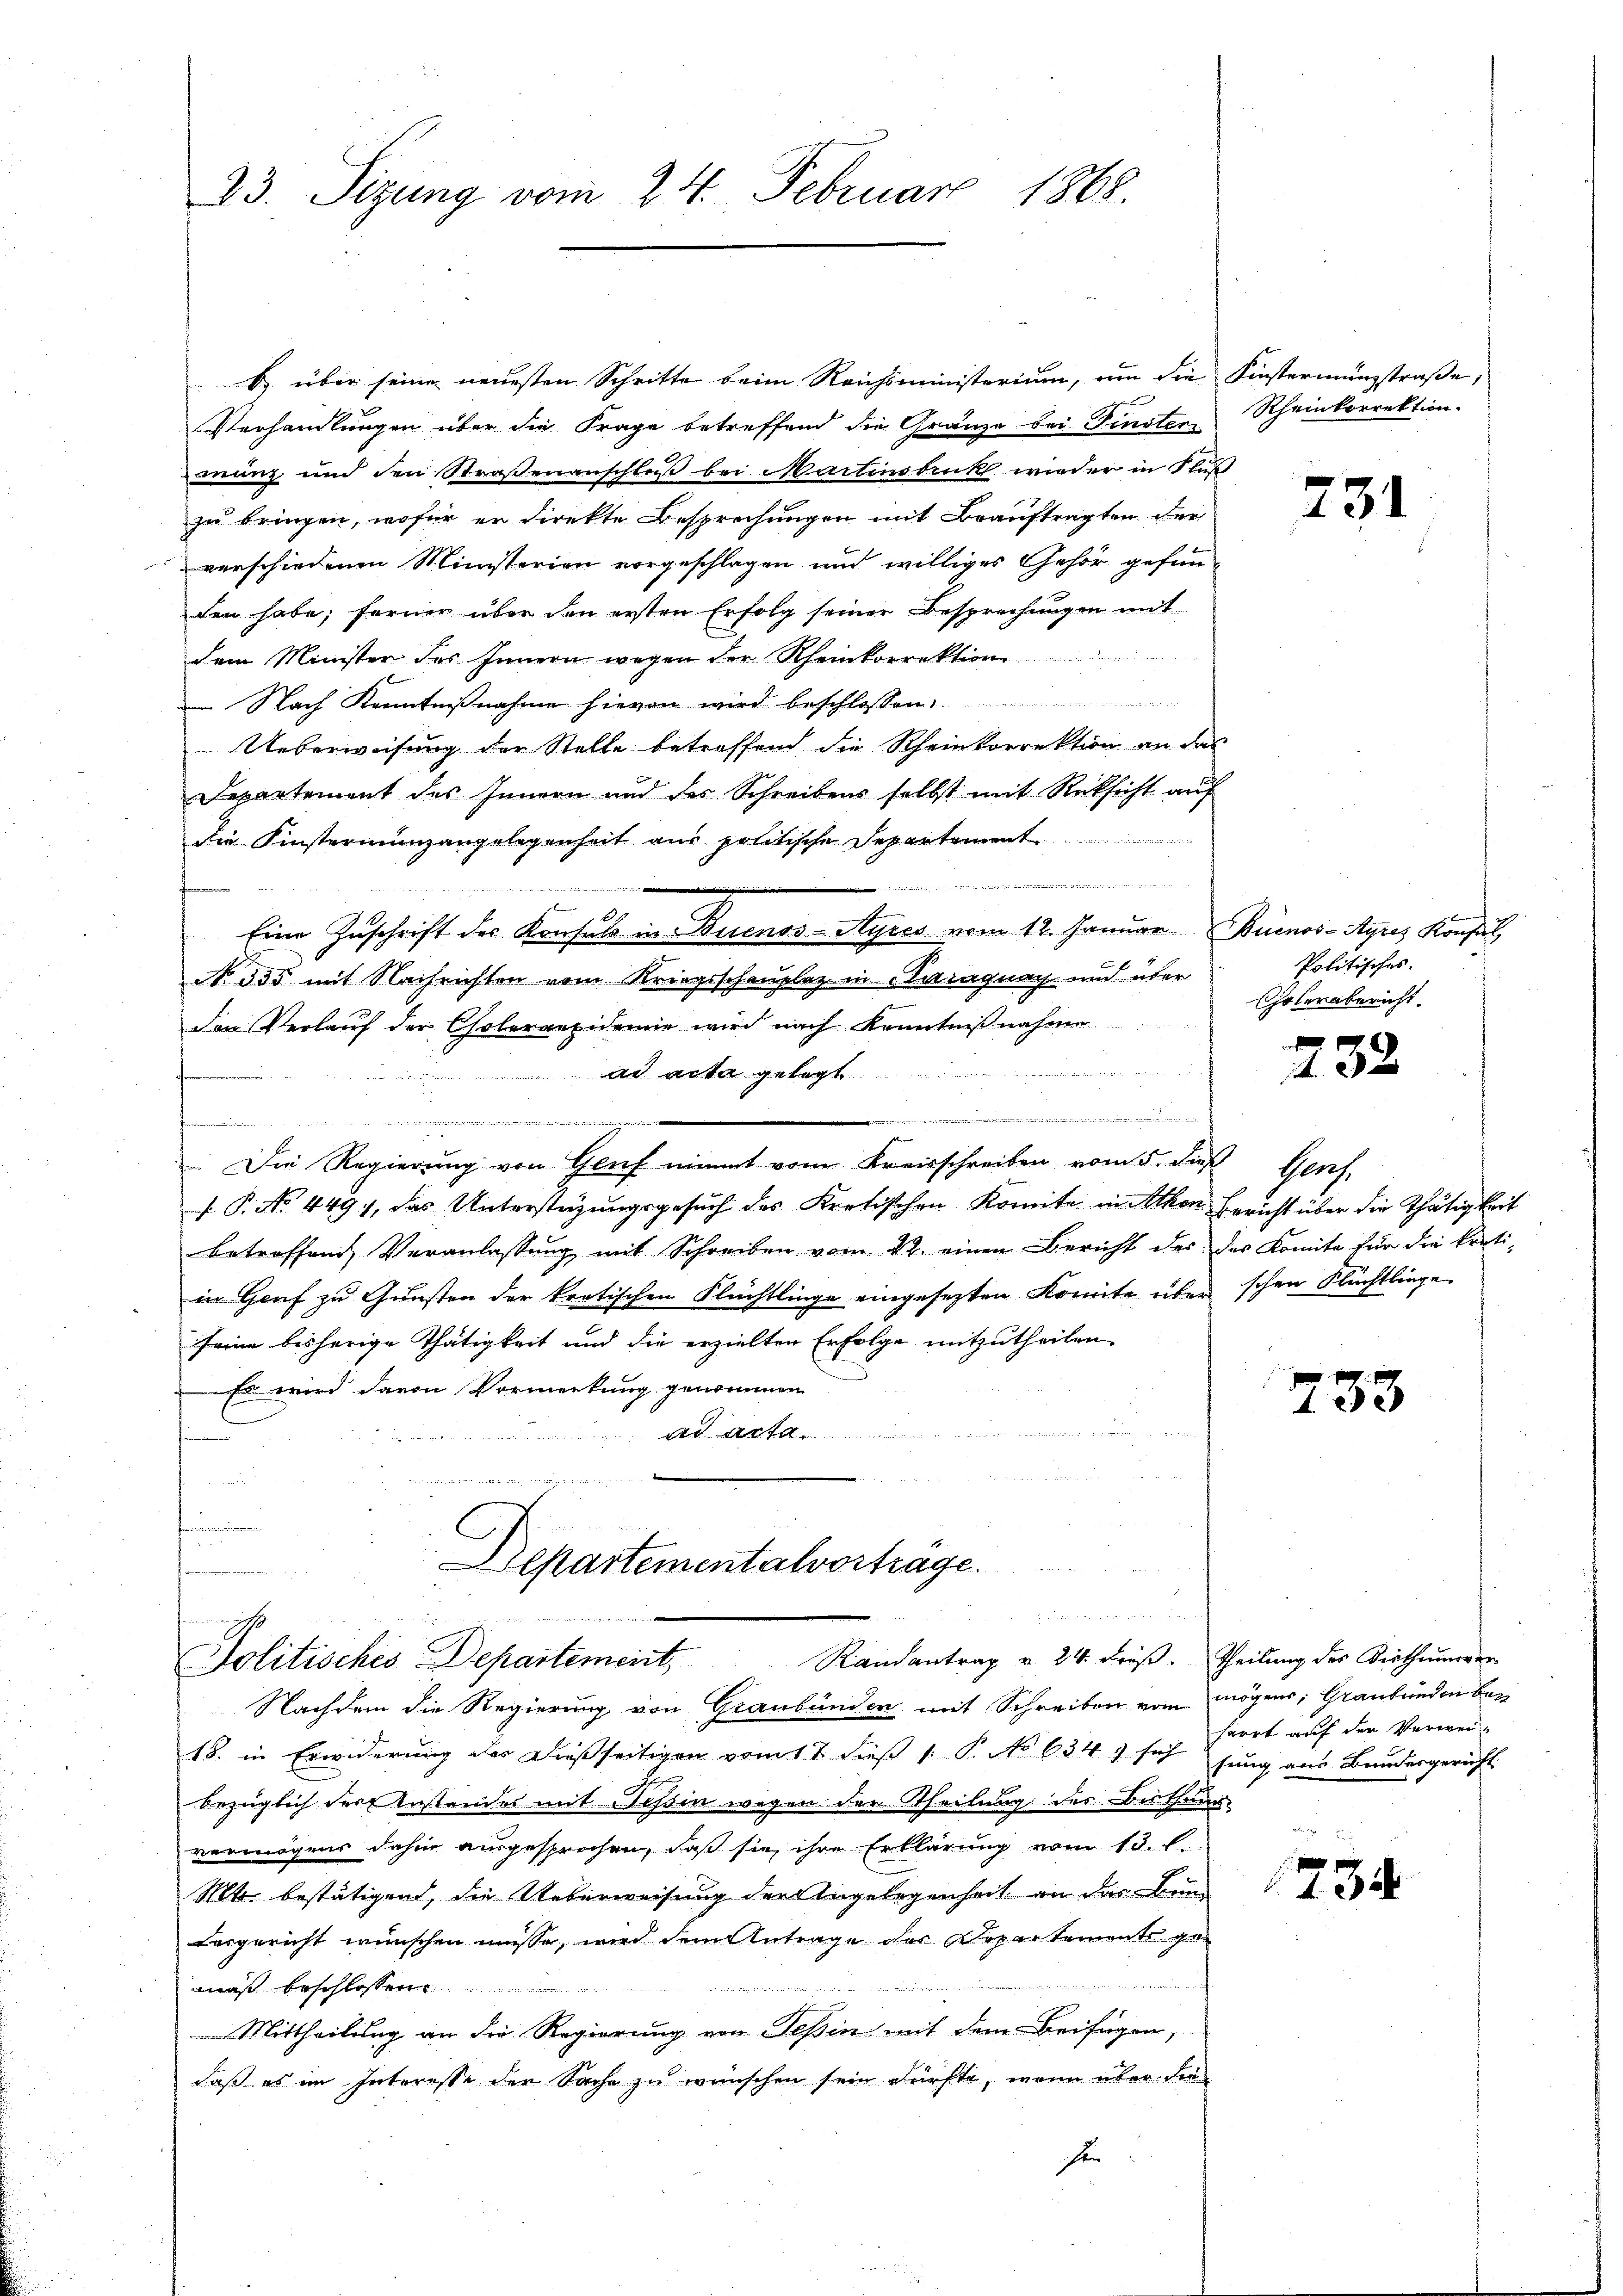
23. Sizung vom 24. Februar 1868.

B. über seine neuesten Schritte beim Reichsministerium, um die Finstermensstraβe,
Verhandlungen über die Frage betreffend die Gränze bei Finster Rheinkorrektion.
manz und den Straßenanschloß bei Martinsbruck wieder in Fluß
zu bringen, wofür er direkte Besprechungen mit Beauftragten der
verschiedenen Ministerien vorgeschlagen und williges Gehör gefunden habe; ferner über den ersten Erfolg seiner Besprechungen mit
dem Minister des Innern wegen der Rheinkorrektion
 Nach Kenntnißnahme hievon wird beschlossen:
Ueberweisung der Stelle betreffend die Rheinkorrektion an das
Departement des Innern und des Schreibens selbst mit Rücksicht auf
die Finstermingangelegenheit aus politische Departement
  in eine bei der werde, wenn er wie er den werden der werde gehalte
B
Eine Zŭschrift der Konsuls in Buenos-Ayres vom 12. Januar Buenos-Ayres Konsul
No. 355 mit Nachrichten vom Kriegsschauplaz in Karaguay und über
den Verlauf der Choleraepidemie wird nach Kenntniβnahme
Whit der gegen
ad acta gelegt
e
e
e
in Kinde
.Die Regierung von Genf nimmt vom Kreisschreiben vom 5. dieß Genf,
 P. No 449), das Unterstüzungsgesuch des Kretischen Komite in Athen Bericht über die Thätigkeit
betreffend Veranlassung mit Schreiben vom 22. einen Bericht des des Komite für die kratiin Horf zu Gunsten der kretischen Flüchtlinge eingesezten Komite über schon Flüchtlinge
seine bisherige Thätigkeit und die erzielten Erfolge mitzutheilen
 Es wird davon Vormerkung genommen
ad acta
t

Departementalvorträge.
u
H
Randantrag v. 24. dieß. Theilung des Diethumerer
Politisches Departement,

Nachdem die Regierung von Graubünden mit Schreiben vom mögens, Graubünden bez
18. in Erwiderung des dießseitigen vom 1 t dieß 1 P. No 634. sich Firrt auf der Verweibezüglich der Anstandes mit Tessin wegen der Theilung des Biethung
vermögens dahin ausgesprochen, daß sie ihre Erklärung vom 13. l.
Mtt. bestätigend, die Ueberweisung der Angelegenheit an das Bun¬
Besgericht wünschen müsse, wird dem Antrage des Departements gemäß beschlossen:
Mittheilung an die Regierung von Tessin mit dem Beifügen,
daß es im Interesse der Sache zu wünschen sein dürfte, wenn über die
hen

731

e
Politisches.
Cholerabericht.

x
432

733

fung aus Bundesgericht

1734